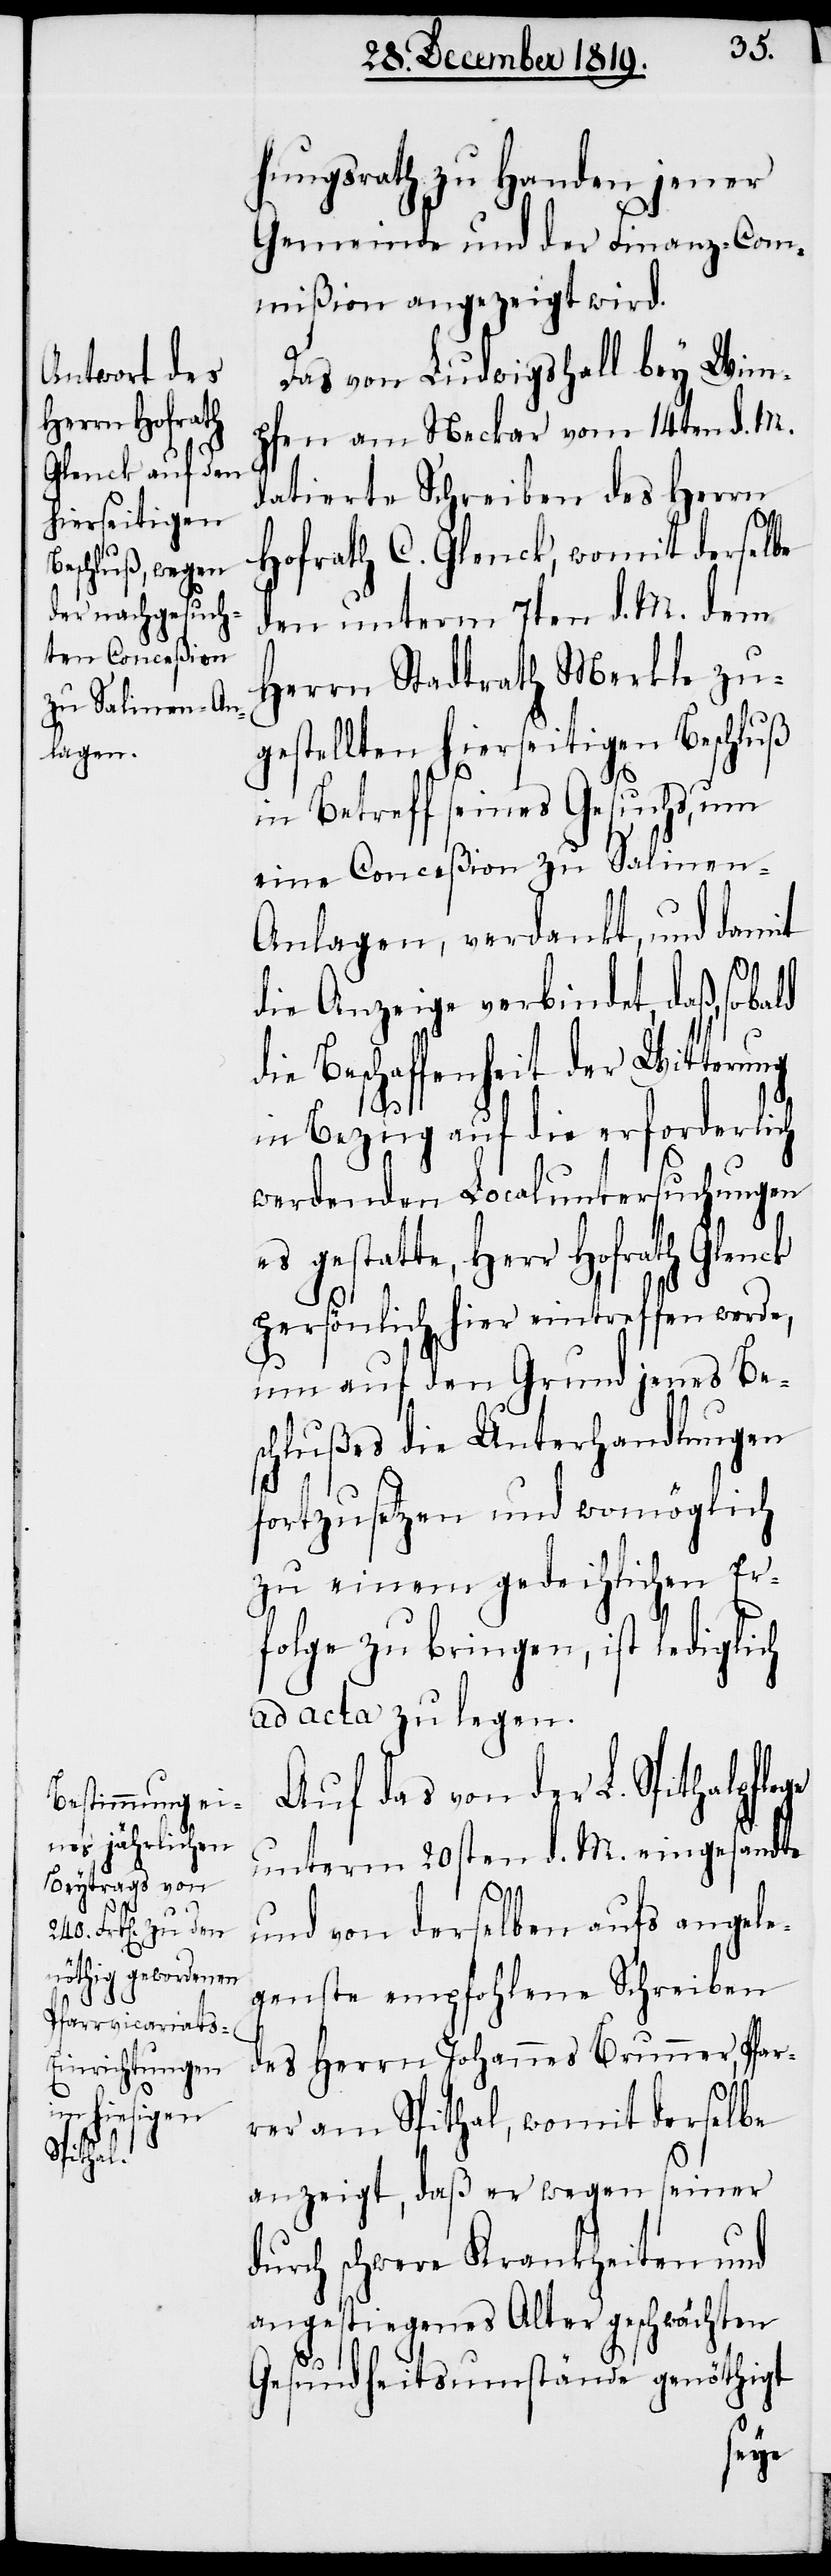
hungsrath zu Handen jener
Gemeinde und der Finanz-Com¬
mißion angezeigt wird.
Das von Ludwigshall bey Wim¬
pfen am Neckar vom 14ten d. M.
datierte Schreiben des Herrn
Hofrath C. Glenck, womit derselbe
den unterm 7ten d. M. dem
Herrn Stadtrath Merkle zu¬
gestellten hierseitgien Beschluß
in Betreff seines Gesuchs, um
Anlagen, verdankt, und damit
die Anzeige verbindet, daß, sobald
die Beschaffenheit der Witterung
in Bezug auf die erforderlich
werdende Localuntersuchungen
es gestatte, Herr Hofrath Glenck
persönlich hier eintreffen werde,
um auf den Grund jenes Be¬
schlußes die Unterhandlungen
fortzusetzen und womöglich
zu einem gedeihlichen Er¬
folge zu bringen, ist lediglich
ad acta zu legen.
Auf das von der L. Spithalpfl¬
unterm 20sten d. M. eingesandte
und von derselben aufs angele¬
genste empfohlene Schreiben
des Herrn Johannes Brunner, Pfar¬
rer am Spithal, womit derselbe
anzeigt, daß er wegen seiner
durch schwere Krankheiten und
angestiegenes Alter geschwächten
Gesundheitsumstände genöthigt
ege